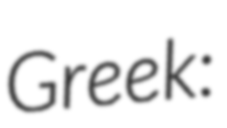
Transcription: Greek: